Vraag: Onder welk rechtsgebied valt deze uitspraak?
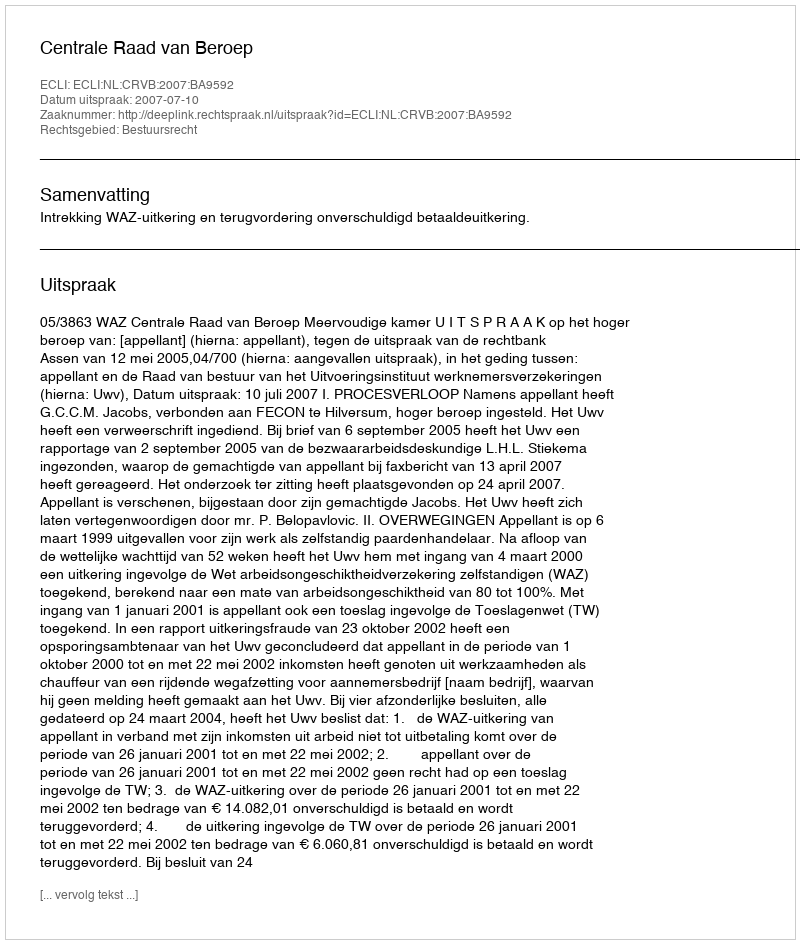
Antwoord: Bestuursrecht